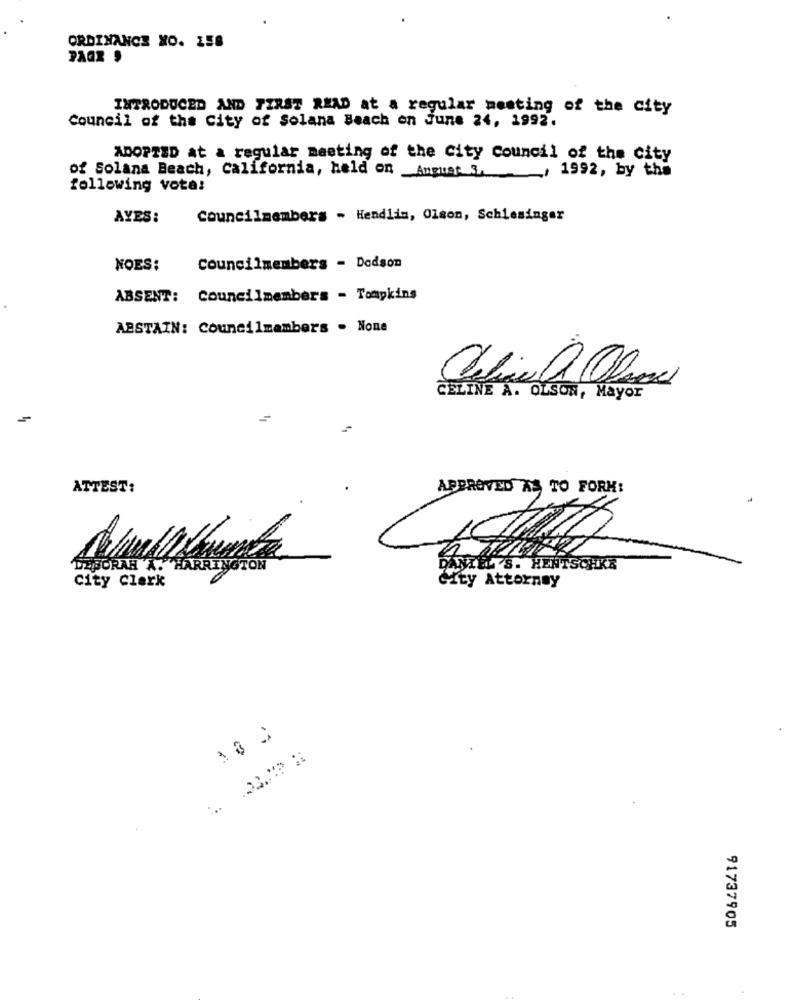
ORDINANCE NO. 158
PAGR $
INTRODUCED AND FIRST READ at a regular meeting of the city
Council of the City of Solana Beach on June 24, 1992.
ADOPTED at a regular meeting of the City council of the city
of Solana Beach, California, held on August 3 .__, 1992, by the
following vota!
AYES:
Councilmembers - Hendlin, Olson, Schlesinger
NOES:
Councilmembers - Dodson
ABSENT: Councilmembers - Tompkins
ABSTAIN: Councilmambers . None
CELINE A. OLSON, Mayor
ATTEST:
APPROVED AS TO FORK:
DEBORAH A. HARRINGTON
IELTS. HENTSCHKE
City Clerk
city Attorney
91737905